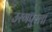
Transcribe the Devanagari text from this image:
उरगपुरला